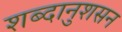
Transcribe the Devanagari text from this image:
शब्दानुशसन